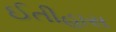
ઈતીહાસ